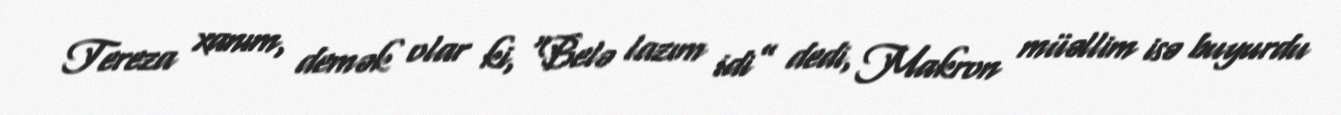
Tereza xanım, demək olar ki, “Belə lazım idi” dedi, Makron müəllim isə buyurdu